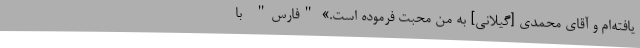
یافته‌ام و آقای محمدی [گیلانی] به من محبت فرموده است.» "فارِس" -با